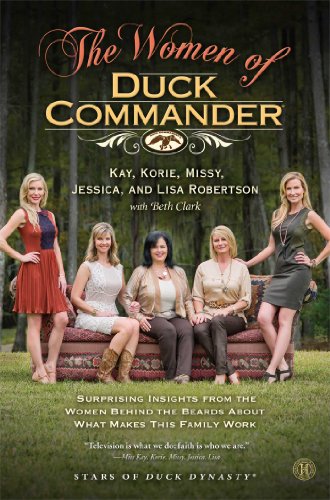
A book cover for The Women of Duck Commander: Surprising Insights from the Women Behind the Beards About What Makes This Family Work; Kay Robertson; Biographies & Memoirs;